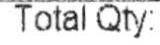
TOTAL QTY: